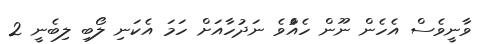
ވާނީވެސް އެހެން ނޫން ހެއްުެވެ ނަދުހާއަށް ހަމަ އެކަނި ލޯބި ލިބެނީ 2